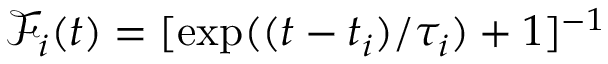
\mathcal { F } _ { i } ( t ) = [ \exp ( ( t - t _ { i } ) / \tau _ { i } ) + 1 ] ^ { - 1 }